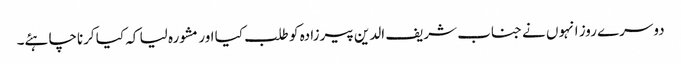
دوسرے روز انہوں نے جناب شریف الدین پیرزادہ کو طلب کیا اور مشورہ لیا کہ کیا کرناچاہئے۔